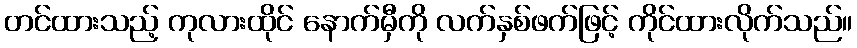
တင်ထားသည့် ကုလားထိုင် နောက်မှီကို လက်နှစ်ဖက်ဖြင့် ကိုင်ထားလိုက်သည်။